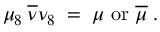
\mu _ { 8 } \: \overline { { { \nu } } } \nu _ { 8 } \; = \; \mu { \mathrm { ~ o r ~ } } \overline { { { \mu } } } \; .